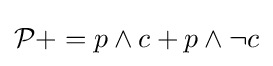
{\mathcal {P}}+=p\wedge c+p\wedge \neg c